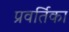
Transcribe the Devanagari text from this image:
प्रवर्तिका